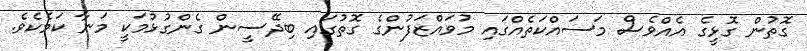
ގޮތުން ގޮޅީގެ އެއްވެސް މަސައްކަތެއްގައި މުވައްޒަފުންގެ ގޮތުގައި ބިދޭސީން ގެންގުޅުމަކީ މަނާ ކަމެކެވެ.